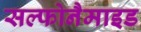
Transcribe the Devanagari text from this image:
सल्फोनैमाइड